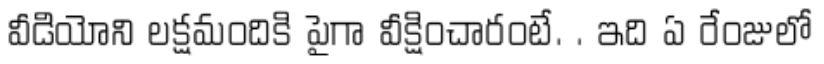
వీడియోని లక్షమందికి పైగా వీక్షించారంటే. . ఇది ఏ రేంజులో